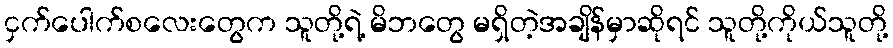
ငှက်ပေါက်စလေးတွေက သူတို့ရဲ့ မိဘတွေ မရှိတဲ့အချိန်မှာဆိုရင် သူတို့ကိုယ်သူတို့